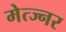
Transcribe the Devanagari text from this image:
मेत्ज्नर